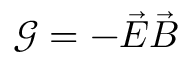
\mathcal { G } = - \vec { E } \vec { B }